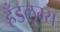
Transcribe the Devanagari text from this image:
हँडलूम्स